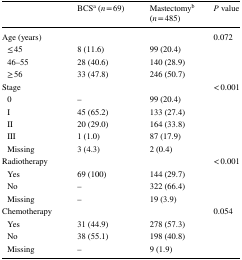
<table><thead><tr><td></td><td><b>BCS<sup>a</sup> (<i>n</i> = 69)</b></td><td><b>Mastectomy<sup>b</sup> (<i>n</i> = 485)</b></td><td><b><i>P</i> value</b></td></tr></thead><tbody><tr><td>Age (years)</td><td></td><td></td><td>0.072</td></tr><tr><td> ≤ 45</td><td>8 (11.6)</td><td>99 (20.4)</td><td></td></tr><tr><td> 46–55</td><td>28 (40.6)</td><td>140 (28.9)</td><td></td></tr><tr><td> ≥ 56</td><td>33 (47.8)</td><td>246 (50.7)</td><td></td></tr><tr><td>Stage</td><td></td><td></td><td>&lt; 0.001</td></tr><tr><td> 0</td><td>–</td><td>99 (20.4)</td><td></td></tr><tr><td> I</td><td>45 (65.2)</td><td>133 (27.4)</td><td></td></tr><tr><td> II</td><td>20 (29.0)</td><td>164 (33.8)</td><td></td></tr><tr><td> III</td><td>1 (1.0)</td><td>87 (17.9)</td><td></td></tr><tr><td> Missing</td><td>3 (4.3)</td><td>2 (0.4)</td><td></td></tr><tr><td colspan="2">Radiotherapy</td><td></td><td>&lt; 0.001</td></tr><tr><td> Yes</td><td>69 (100)</td><td>144 (29.7)</td><td></td></tr><tr><td> No</td><td>–</td><td>322 (66.4)</td><td></td></tr><tr><td> Missing</td><td>–</td><td>19 (3.9)</td><td></td></tr><tr><td colspan="3">Chemotherapy</td><td>0.054</td></tr><tr><td> Yes</td><td>31 (44.9)</td><td>278 (57.3)</td><td></td></tr><tr><td> No</td><td>38 (55.1)</td><td>198 (40.8)</td><td></td></tr><tr><td> Missing</td><td>–</td><td>9 (1.9)</td><td></td></tr></tbody></table>